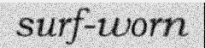
surf-worn